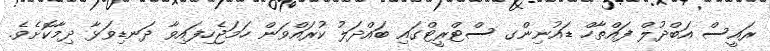
ރައީސް އަބްދުލް ފައްތާހް ޑައުނިންގ ސްޓްރީޓްގައި ބައްދަލު ކުރައްވަން ހަމަޖެހިފައިވާ ދަނޑިވަޅާ ދިމާކޮށެވެ.